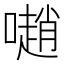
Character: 𡁻